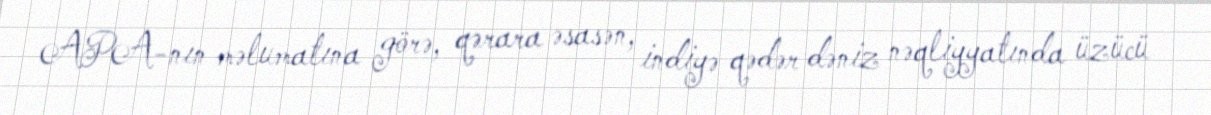
APA-nın məlumatına görə, qərara əsasən, indiyə qədər dəniz nəqliyyatında üzücü